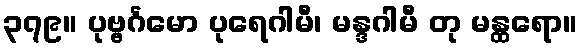
၃၇၉။ ပုဗ္ဗင်္ဂမော ပုရေဂါမီ၊ မန္ဒဂါမီ တု မန္ထရော။